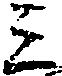
三